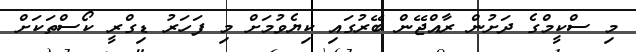
މި ސްކީމްގެ ދަށުން ރާއްޖޭން ބޭރުގައި ކިޔެވުމަށް މި ފަހަރު ޑިގްރީ ކޯސްތަކަށް